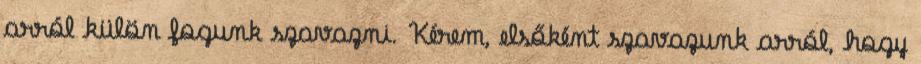
arról külön fogunk szavazni. Kérem, elsőként szavazunk arról, hogy